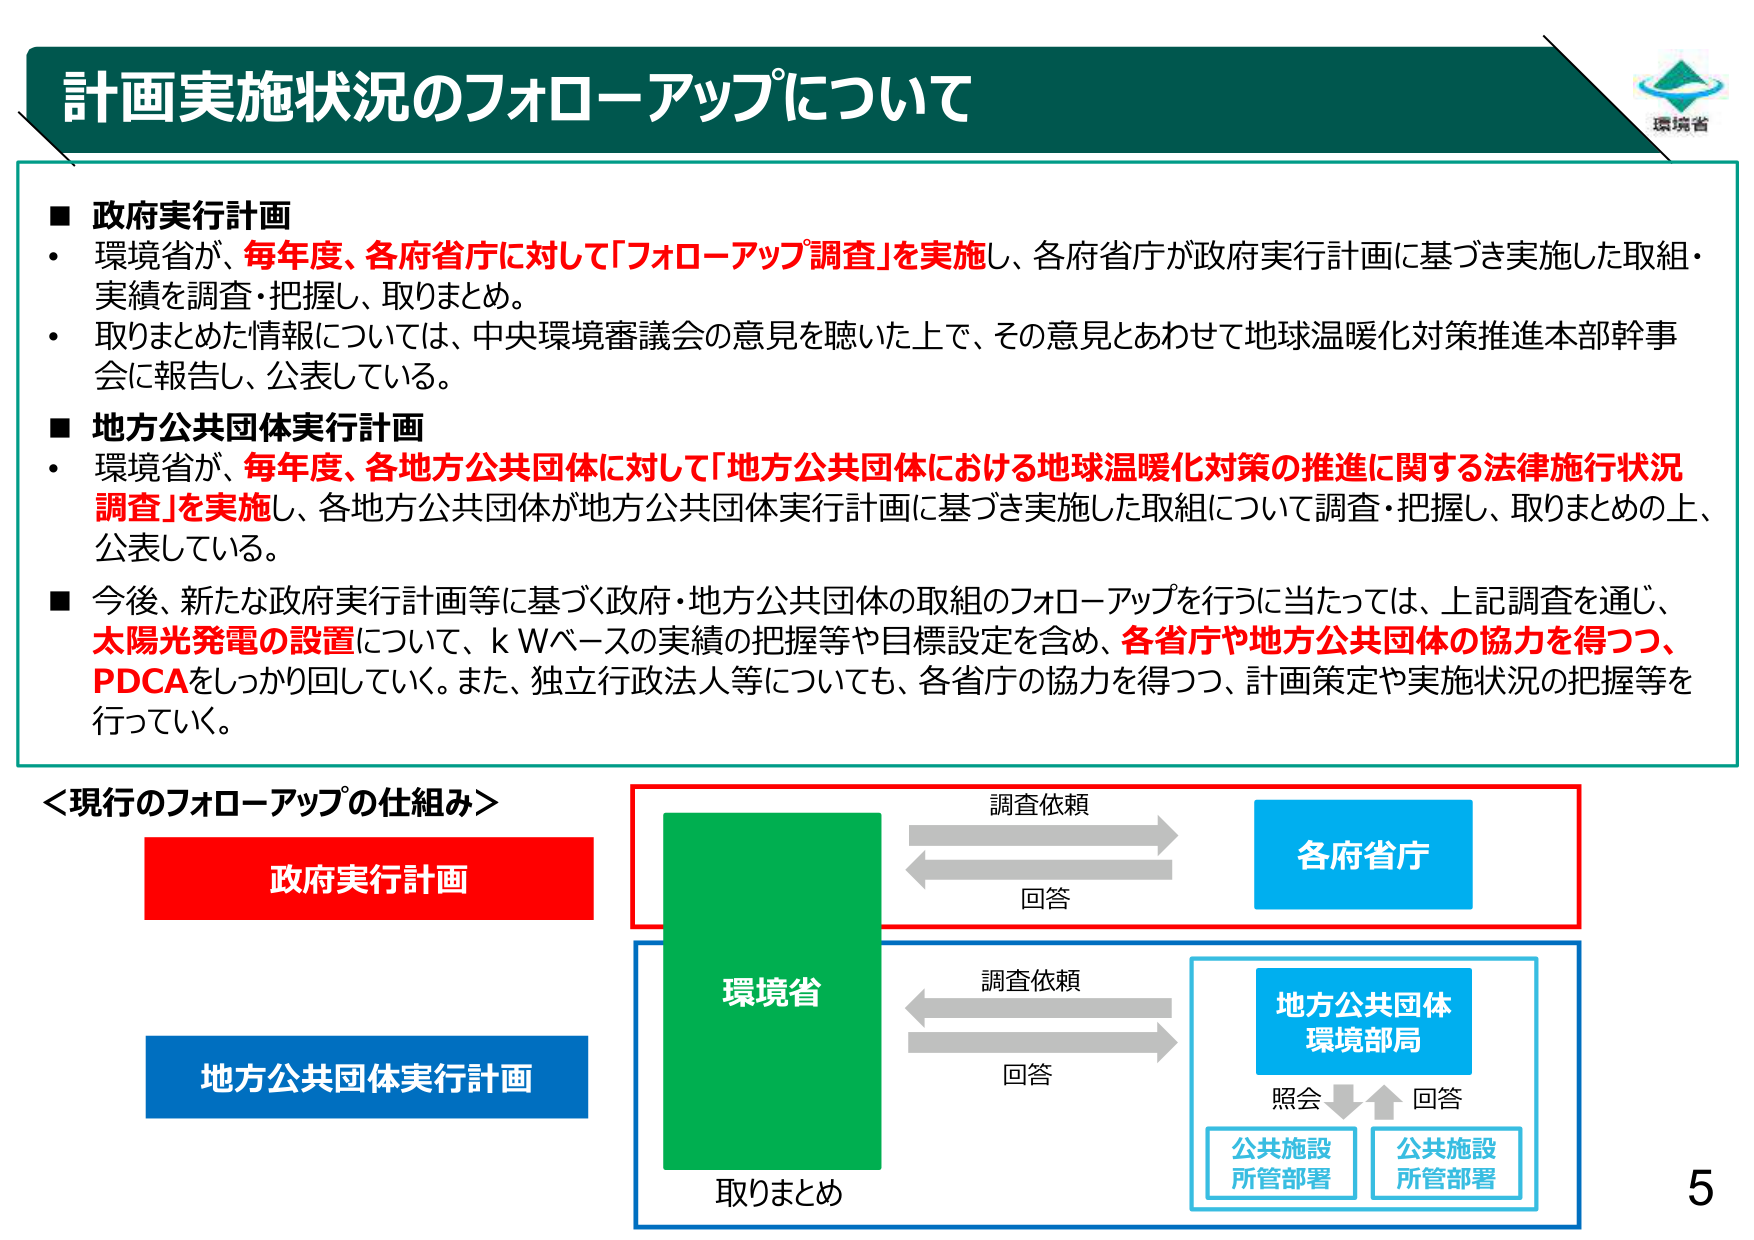
計画実施状況のフォローアップについて

■ 政府実行計画
・ 環境省が、毎年度、各府省庁に対して「フォローアップ調査」を実施し、各府省庁が政府実行計画に基づき実施した取組・実績を調査・把握し、取りまとめ。
・ 取りまとめた情報については、中央環境審議会の意見を聴いた上で、その意見とあわせて地球温暖化対策推進本部幹事会に報告し、公表している。

■ 地方公共団体実行計画
・ 環境省が、毎年度、各地方公共団体に対して「地方公共団体における地球温暖化対策の推進に関する法律施行状況調査」を実施し、各地方公共団体が地方公共団体実行計画に基づき実施した取組について調査・把握し、取りまとめの上、公表している。

■ 今後、新たな政府実行計画等に基づく政府・地方公共団体の取組のフォローアップを行うに当たっては、上記調査を通じ、太陽光発電の設置について、kWベースの実績の把握等や目標設定を含め、各省庁や地方公共団体の協力を得つつ、PDCAをしっかり回していく。また、独立行政法人等についても、各省庁の協力を得つつ、計画策定や実施状況の把握等を行っていく。

＜現行のフォローアップの仕組み＞
政府実行計画
地方公共団体実行計画

調査依頼
環境省 ←→ 各府省庁
回答

調査依頼
環境省 ←→ 地方公共団体
環境部局
回答
照会
公共施設
所管部署
公共施設
所管部署

取りまとめ

環境省
5